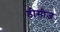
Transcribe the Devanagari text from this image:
डीसीज